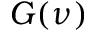
G ( \nu )